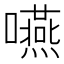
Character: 嚥